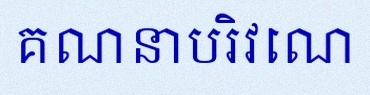
គណនាបរិវេណ